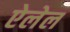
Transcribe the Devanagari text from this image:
ऐलेल